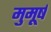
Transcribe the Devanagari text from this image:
मुमूर्ष